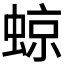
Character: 𧌬